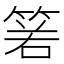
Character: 𥮷